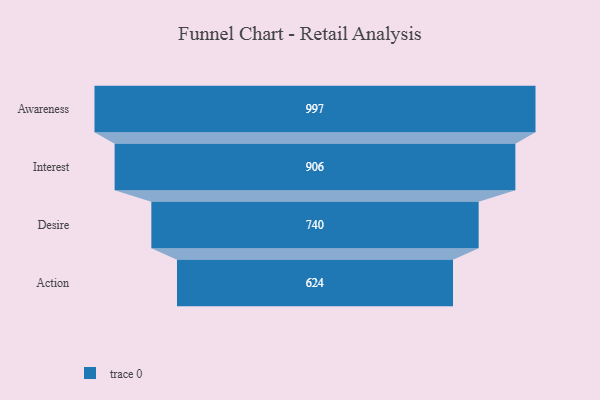
{"axis": {"x": "Stage", "y": "Value"}, "legend": [""], "data": [{"x": "Awareness", "y": 997.0, "type": ""}, {"x": "Interest", "y": 906.0, "type": ""}, {"x": "Desire", "y": 740.0, "type": ""}, {"x": "Action", "y": 624.0, "type": ""}]}